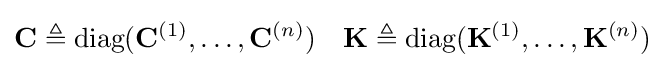
\mathbf {C} \triangleq {\text{diag}}(\mathbf {C} ^{(1)},\dots ,\mathbf {C} ^{(n)})\quad \mathbf {K} \triangleq {\text{diag}}(\mathbf {K} ^{(1)},\dots ,\mathbf {K} ^{(n)})